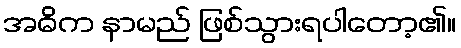
အဓိက နာမည် ဖြစ်သွားရပါတော့၏။